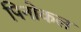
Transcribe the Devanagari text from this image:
पिनोकल